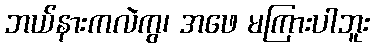
ဘယ်နားကလဲကွ၊ အဖေ မကြားပါဘူး